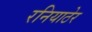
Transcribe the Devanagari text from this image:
रनियाठेर